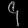
Digit: ၄